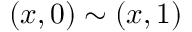
( x , 0 ) \sim ( x , 1 )